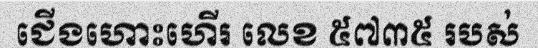
ជើងហោះហើរ លេខ ៥៧៣៥ របស់